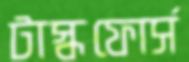
টাস্কফোর্স